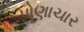
પોણાચાર